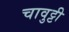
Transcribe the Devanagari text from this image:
चावुट्टी